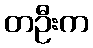
တဦးက